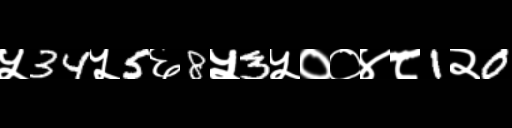
Text: ५34५5६8५3५००४८1२0